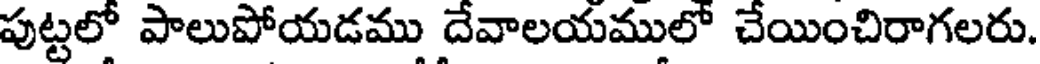
పుట్టలో పాలుపోయడము దేవాలయములో చేయించిరాగలరు.